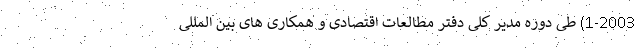
1-2003) طی دوره مدیر کلی دفتر مطالعات اقتصادی و همکاری های بین المللی